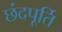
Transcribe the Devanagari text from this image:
छंदपूर्ति